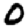
Digit: 0